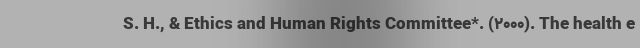
S. H., & Ethics and Human Rights Committee*. (2000). The health e